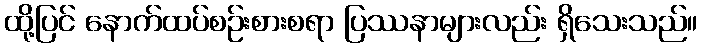
ထို့ပြင် နောက်ထပ်စဉ်းစားစရာ ပြဿနာများလည်း ရှိသေးသည်။